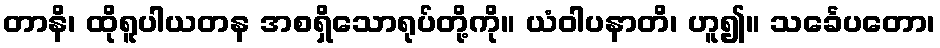
တာနိ၊ ထိုရူပါယတန အစရှိသောရုပ်တို့ကို။ ယံဝါပနာတိ၊ ဟူ၍။ သင်္ခေပတော၊